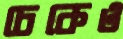
চেকেও